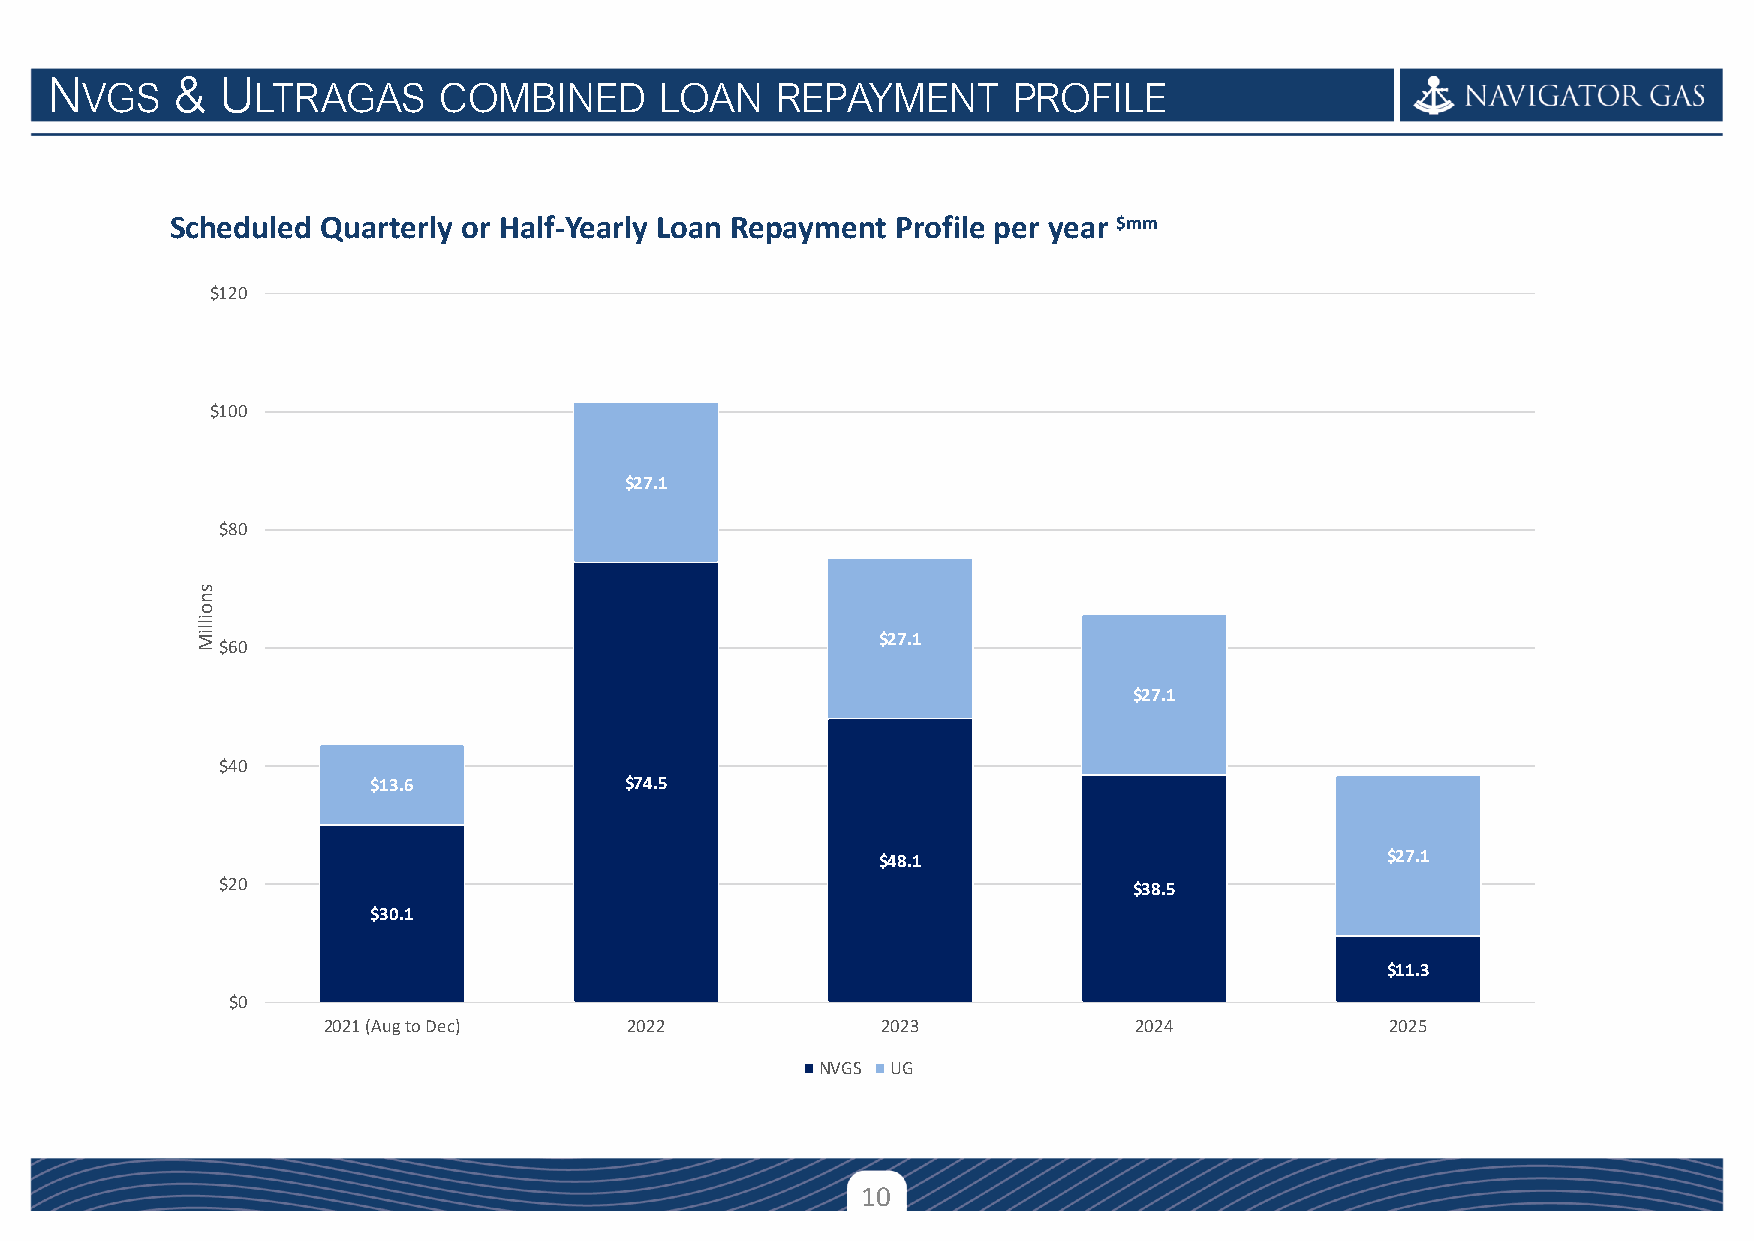
N       &   U
 VGS         LTRAGAS     COMBINED       LOAN   REPAYMENT       PROFILE
 Scheduled Quarterly or Half-Yearly Loan Repayment Profile per year $mm
 $120
 $100
 $27.1
 $80
 s
 n
 o
 illiM$60
 $27.1
 $27.1
 $40
 $13.6           $74.5
 $48.1                             $27.1
 $20                                                         $38.5
 $30.1
 $11.3
 $0
 2021 (Aug to Dec)    2022            2023             2024             2025
 NVGS UG
 10
 Confidential